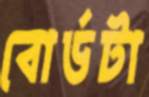
বোর্ডটা